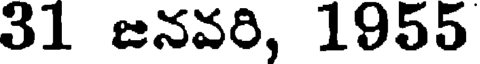
31 జనవరి, 1955